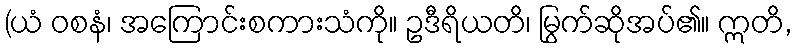
(ယံ ဝစနံ၊ အကြောင်းစကားသံကို။ ဥဒီရိယတိ၊ မြွက်ဆိုအပ်၏။ ဣတိ,